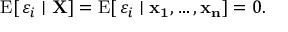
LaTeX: \operatorname { E } [ \, \varepsilon _ { i } \mid \mathbf { X } ] = \operatorname { E } [ \, \varepsilon _ { i } \mid \mathbf { x _ { 1 } } , \dots , \mathbf { x _ { n } } ] = 0 .